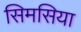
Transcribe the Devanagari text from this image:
सिमसिया